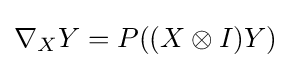
\nabla _{X}Y=P((X\otimes I)Y)